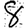
Digit: 8